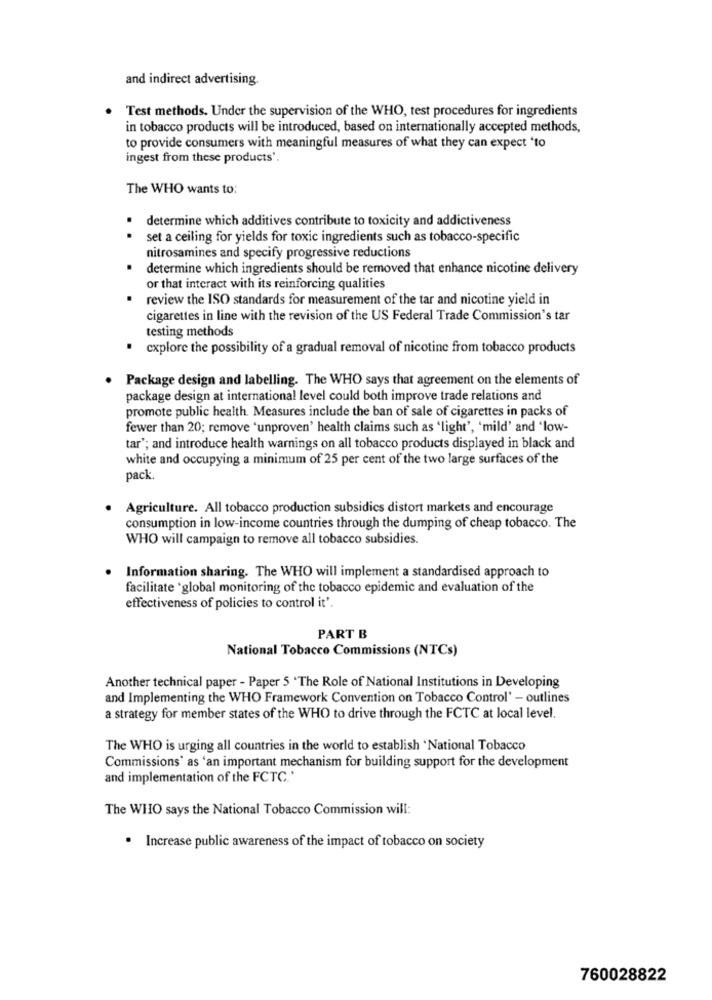
and indirect advertising.
Test methods. Under the supervision of the WHO, test procedures for ingredients
in tobacco products will be introduced, based on internationally accepted methods,
to provide consumers with meaningful measures of what they can expect 'to
ingest from these products'
The WHO wants to:
determine which additives contribute to toxicity and addictiveness
. .
set a ceiling for yields for toxic ingredients such as tobacco-specific
nitrosamines and specify progressive reductions
determine which ingredients should be removed that enhance nicotine delivery
or that interact with its reinforcing qualities
.
review the ISO standards for measurement of the tar and nicotine yield in
cigarettes in line with the revision of the US Federal Trade Commission's tar
testing methods
explore the possibility of a gradual removal of nicotine from tobacco products
Package design and labelling. The WHO says that agreement on the elements of
package design at international level could both improve trade relations and
promote public health. Measures include the ban of sale of cigarettes in packs of
fewer than 20; remove 'unproven' health claims such as 'light', 'mild' and 'low-
tar'; and introduce health warnings on all tobacco products displayed in black and
white and occupying a minimum of 25 per cent of the two large surfaces of the
pack
Agriculture. All tobacco production subsidies distort markets and encourage
consumption in low-income countries through the dumping of cheap tobacco. The
WHO will campaign to remove all tobacco subsidies.
Information sharing. The WHO will implement a standardised approach to
facilitate 'global monitoring of the tobacco epidemic and evaluation of the
effectiveness of policies to control it'.
PART B
National Tobacco Commissions (NTCs)
Another technical paper - Paper 5 'The Role of National Institutions in Developing
and Implementing the WHO Framework Convention on Tobacco Control' - outlines
a strategy for member states of the WHO to drive through the FCTC at local level.
The WHO is urging all countries in the world to establish National Tobacco
Commissions' as 'an important mechanism for building support for the development
and implementation of the FCTC.'
The WHO says the National Tobacco Commission will:
.
Increase public awareness of the impact of tobacco on society
760028822